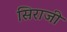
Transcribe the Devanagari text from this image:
सिराजी